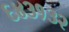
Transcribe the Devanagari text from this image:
६४३१३२